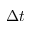
\Delta t